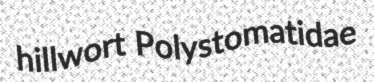
hillwort Polystomatidae